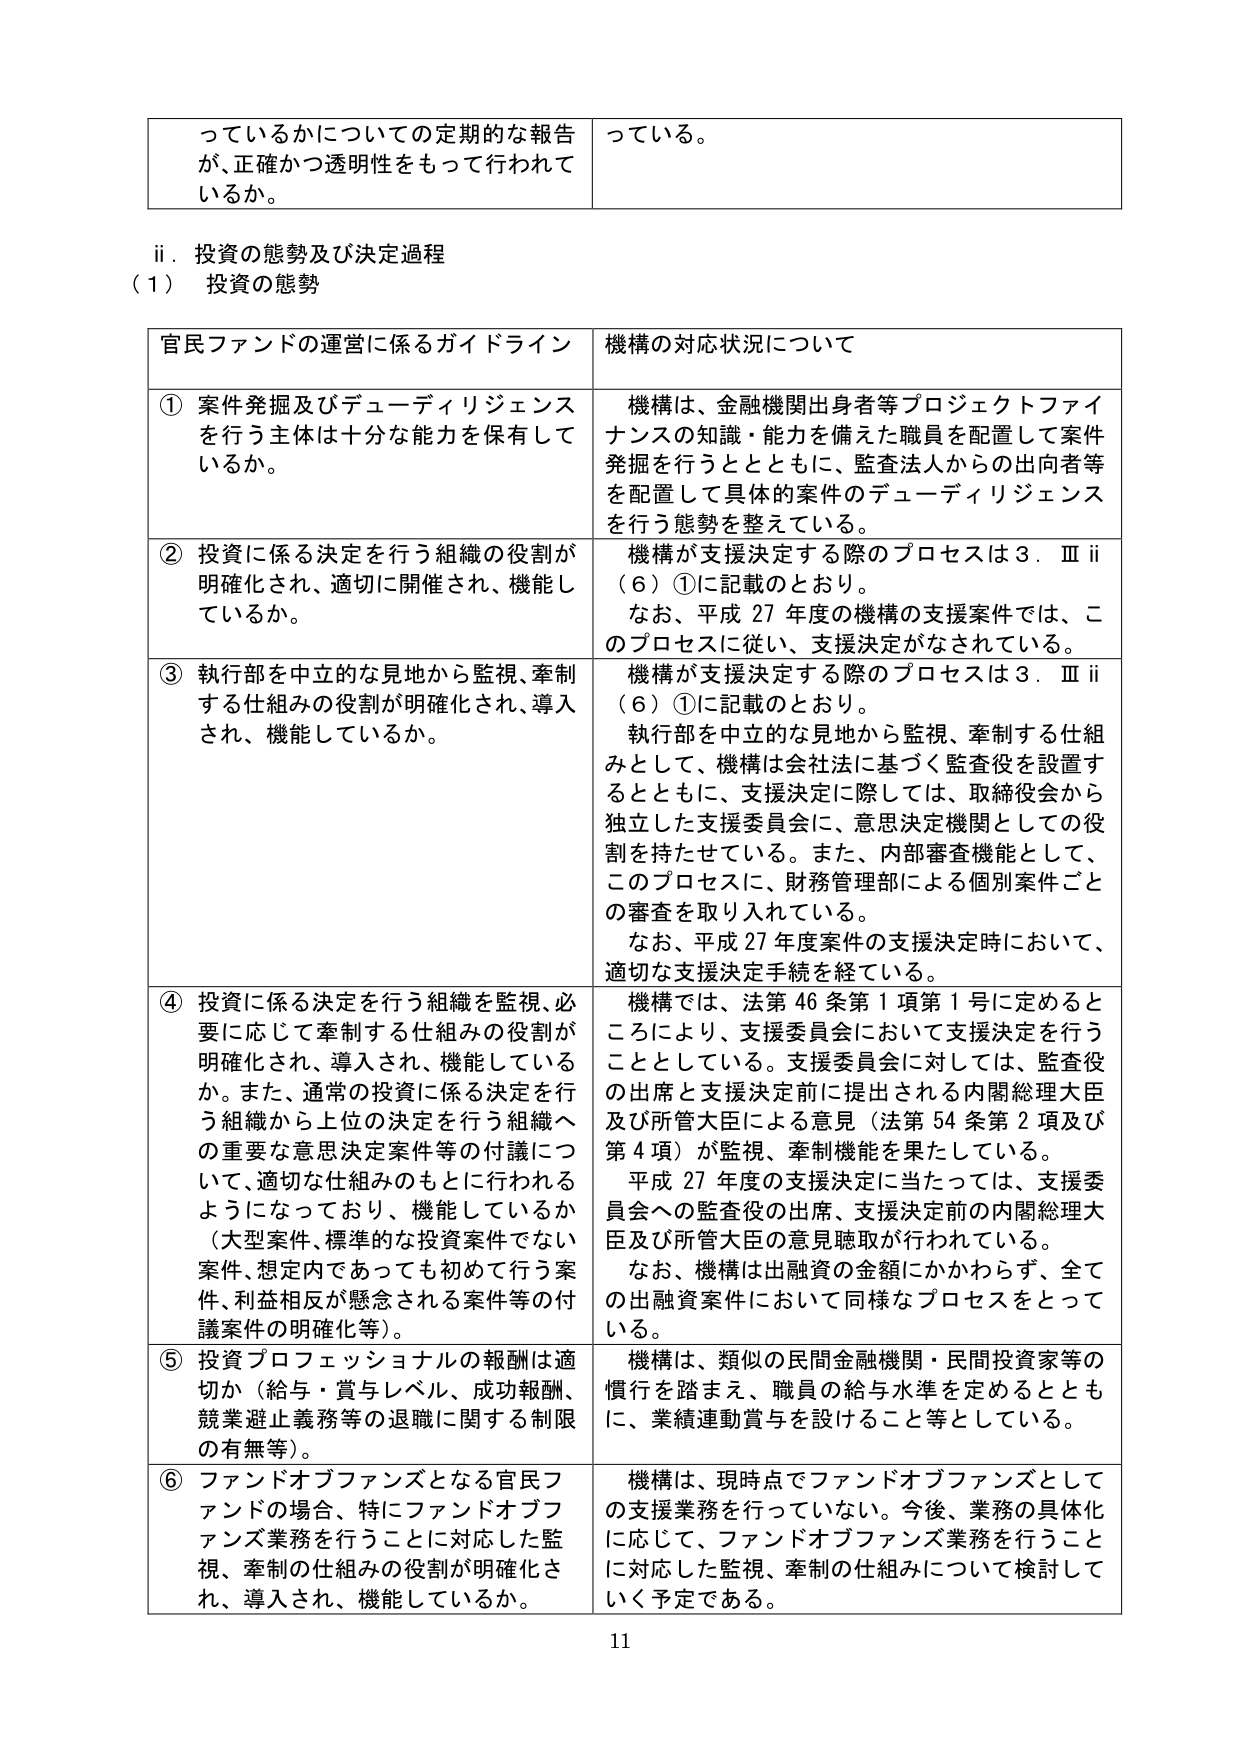
っているかについての定期的な報告
が、正確かつ透明性をもって行われて
いるか。

っている。

ii．投資の態勢及び決定過程
（1） 投資の態勢

官民ファンドの運営に係るガイドライン
機構の対応状況について

① 案件発掘及びデューディリジェンス
を行う主体は十分な能力を保有して
いるか。
機構は、金融機関出身者等プロジェクトファイ
ナンスの知識・能力を備えた職員を配置して案件
発掘を行うとともに、監査法人からの出向者等
を配置して具体的案件のデューディリジェンス
を行う態勢を整えている。

② 投資に係る決定を行う組織の役割が
明確化され、適切に開催され、機能し
ているか。
機構が支援決定する際のプロセスは３．Ⅲii
（6）①に記載のとおり。
なお、平成27年度の機構の支援案件では、こ
のプロセスに従い、支援決定がなされている。

③ 執行部を中立的な見地から監視、牽制
する仕組みの役割が明確化され、導入
され、機能しているか。
機構が支援決定する際のプロセスは３．Ⅲii
（6）①に記載のとおり。
執行部を中立的な見地から監視、牽制する仕組
みとして、機構は会社法に基づく監査役を設置す
るとともに、支援決定に際しては、取締役会から
独立した支援委員会に、意思決定機関としての役
割を持たせている。また、内部審査機能として、
このプロセスに、財務管理部による個別案件ごと
の審査を取り入れている。
なお、平成27年度案件の支援決定時において、
適切な支援決定手続を経ている。

④ 投資に係る決定を行う組織を監視、必
要に応じて牽制する仕組みの役割が
明確化され、導入され、機能している
か。また、通常の投資に係る決定を行
う組織から上位の決定を行う組織へ
の重要な意思決定案件等の付議につ
いて、適切な仕組みのもとに行われる
ようになっており、機能しているか
（大型案件、標準的な投資案件でない
案件、想定内であっても初めて行う案
件、利益相反が懸念される案件等の付
議案件の明確化等）。
機構では、法第46条第1項第1号に定めると
ころにより、支援委員会において支援決定を行う
こととしている。支援委員会に対しては、監査役
の出席と支援決定前に提出される内閣総理大臣
及び所管大臣による意見（法第54条第2項及び
第4項）が監視、牽制機能を果たしている。
平成27年度の支援決定に当たっては、支援委
員会への監査役の出席、支援決定前の内閣総理大
臣及び所管大臣の意見聴取が行われている。
なお、機構は出融資の金額にかかわらず、全て
の出融資案件において同様なプロセスをとって
いる。

⑤ 投資プロフェッショナルの報酬は適
切か（給与・賞与レベル、成功報酬、
競業避止義務等の退職に関する制限
の有無等）。
機構は、類似の民間金融機関・民間投資家等の
慣行を踏まえ、職員の給与水準を定めるととも
に、業績連動賞与を設けること等としている。

⑥ ファンドオブファンズとなる官民フ
ァンドの場合、特にファンドオブフ
ァンズ業務を行うことに対応した監
視、牽制の仕組みの役割が明確化さ
れ、導入され、機能しているか。
機構は、現時点でファンドオブファンズとして
の支援業務を行っていない。今後、業務の具体化
に応じて、ファンドオブファンズ業務を行うこと
に対応した監視、牽制の仕組みについて検討して
いく予定である。

11